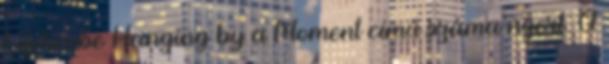
Lifehouse Hanging by a Moment című száma nyert. A